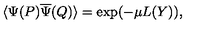
\langle { \Psi } ( P ) \overline { { \Psi } } ( Q ) \rangle = \exp ( - \mu L ( Y ) ) ,